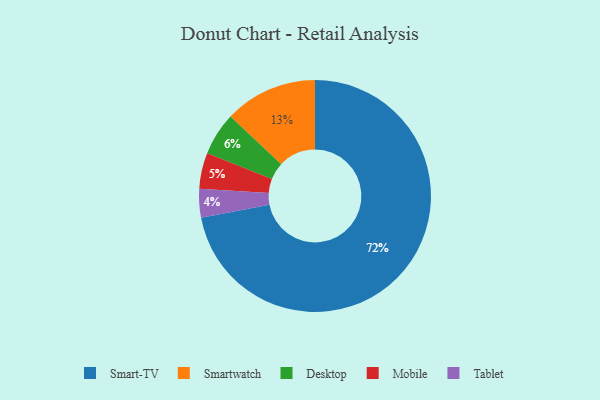
{"axis": {"x": "Category", "y": "Percentage"}, "legend": ["Desktop", "Mobile", "Smart-TV", "Smartwatch", "Tablet"], "data": [{"x": "Smart-TV", "y": 72, "type": "Smart-TV"}, {"x": "Tablet", "y": 4, "type": "Tablet"}, {"x": "Mobile", "y": 5, "type": "Mobile"}, {"x": "Smartwatch", "y": 13, "type": "Smartwatch"}, {"x": "Desktop", "y": 6, "type": "Desktop"}]}